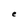
Character: e